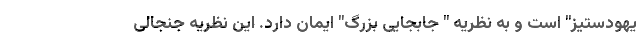
یهودستیز" است و به نظریه " جابجایی بزرگ" ایمان دارد. این نظریه جنجالی